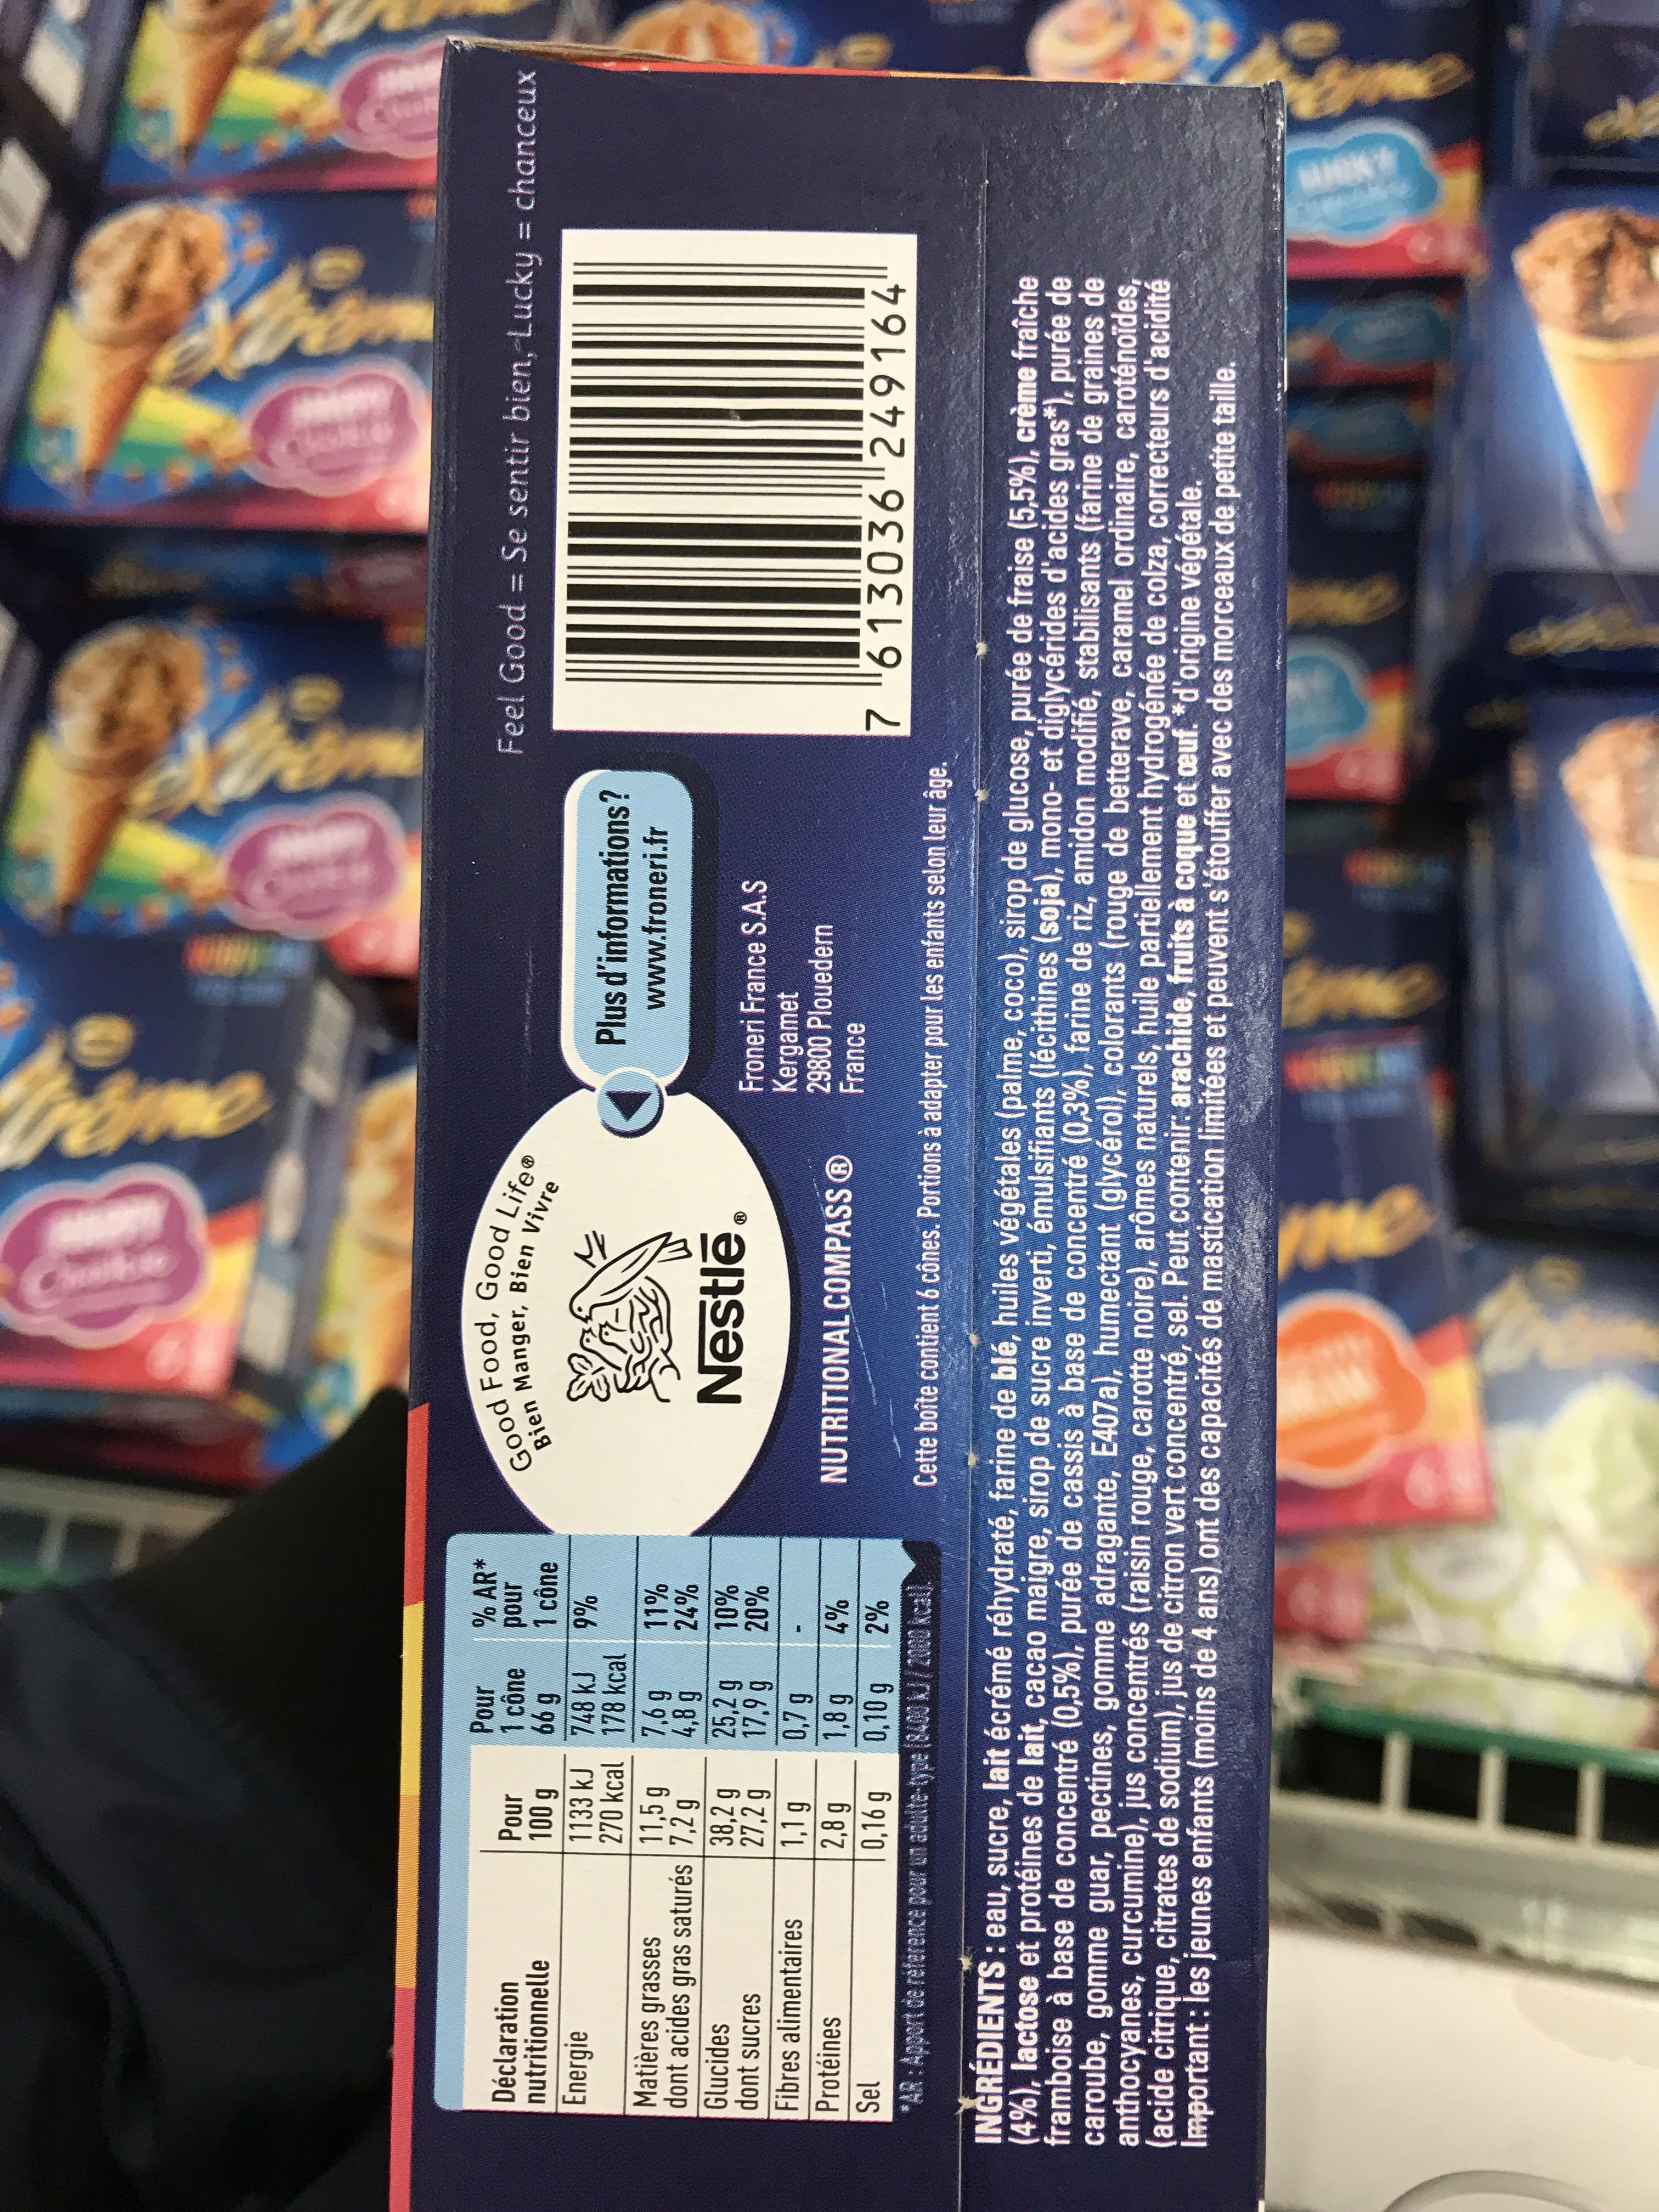
Déclaration nutritionnelle Energie
Matières grasses dont acides gras saturés
Glucides dont sucres
Fibres alimentaires Protéines
Pour
100 g
1133 kJ
270 kcal
11,5 g
7,2 g
38,2 g
27,2 g
1,1 g
2,8 g
0,16 g
Pour
1 cône
66 g
748 kJ
178 kcal
7,6 g
4,8 g
% AR*
pour
1 cône
9%
11%
24%
10%
20%
25,2 g
17,9 g
0,7 g
1,8 g
Sel
0,10 g
*AR: Apport de reference pour un adulte-type (8400 kJ/2000 kcal).
-
4%
2%
Bien Manger,
Good Food, Good LifeⓇ
Bien Vivre
&
Nestlé®
NUTRITIONAL COMPASS Ⓡ
Home
me
0
Plus d'informations?
www.froneri.fr
Froneri France S.A.S Kergamet 29800 Plouedern France
Feel Good = Se sentir bien, Lucky = chanceux
7 "613036 249164"
Cette boîte contient 6 cônes. Portions à adapter pour les enfants selon leur âge.
INGRÉDIENTS : eau, sucre, lait écrémé réhydraté, farine de blé, huiles végétales (palme, coco), sirop de glucose, purée de fraise (5,5%), crème fraîche (4%), lactose et protéines de lait, cacao maigre, sirop de sucre inverti, émulsifiants (lécithines (soja), mono- et diglycérides d'acides gras*), purée de framboise à base de concentré (0,5%), purée de cassis à base de concentré (0,3%), farine de riz, amidon modifié, stabilisants (farine de graines de caroube, gomme guar, pectines, gomme adragante, E407a), humectant (glycérol), colorants (rouge de betterave, caramel ordinaire, caroténoïdes, anthocyanes, curcumine), jus concentrés (raisin rouge, carotte noire), arômes naturels, huile partiellement hydrogénée de colza, correcteurs d'acidité (acide citrique, citrates de sodium), jus de citron vert concentré, sel. Peut contenir: arachide, fruits à coque et ceuf. *d'origine végétale. Important: les jeunes enfants (moins de 4 ans) ont des capacités de mastication limitées et peuvent s'étouffer avec des morceaux de petite taille.